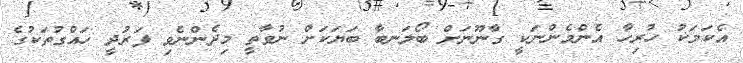
އެކަމަކު ހުރިހާ އެންމެންނަކީ ގާނޫނަށް ބޯލަނބާ ބަޔަކަށް ނުވާތީ މިދެންނެވި ފަރުދީ ހައްގުތަކުގެ